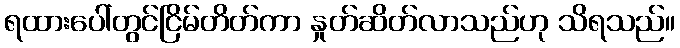
ရထားပေါ်တွင်ငြိမ်တိတ်ကာ နှုတ်ဆိတ်လာသည်ဟု သိရသည်။